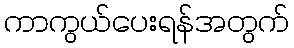
ကာကွယ်ပေးရန်အတွက်